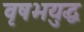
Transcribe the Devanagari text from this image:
वृषभयुद्ध